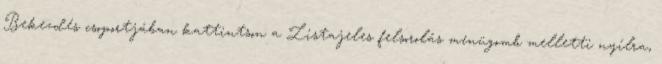
Bekezdés csoportjában kattintson a Listajeles felsorolás menügomb melletti nyílra,